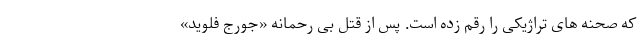
که صحنه های تراژیکی را رقم زده است. پس از قتل بی رحمانه «جورج فلوید»